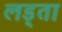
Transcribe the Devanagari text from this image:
लड़्ता